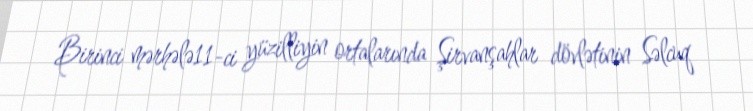
Birinci mərhələ11-ci yüzilliyin ortalarında Şirvanşahlar dövlətinin Səlcuq